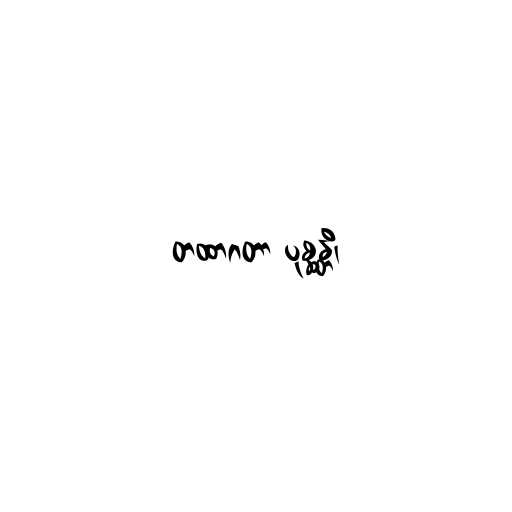
တထာဂတာ ပုစ္ဆန္တိ၊